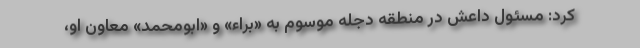
کرد: مسئول داعش در منطقه دجله موسوم به «براء» و «ابومحمد» معاون او،